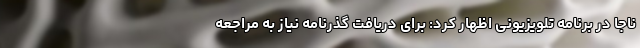
ناجا در برنامه تلویزیونی اظهار کرد: برای دریافت گذرنامه نیاز به مراجعه